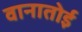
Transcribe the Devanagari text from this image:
वानातोई